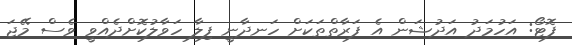
ފޮޓޯ: އަހުމަދު އަދުޝަން އެ ފަރާތްތަކަށް ހަނދާނީ ފިލާ ހަވާލުކޮށްދެއްވީ ވެސް މޭޖަ